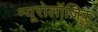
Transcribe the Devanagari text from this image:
न्यूरोलॉजिक